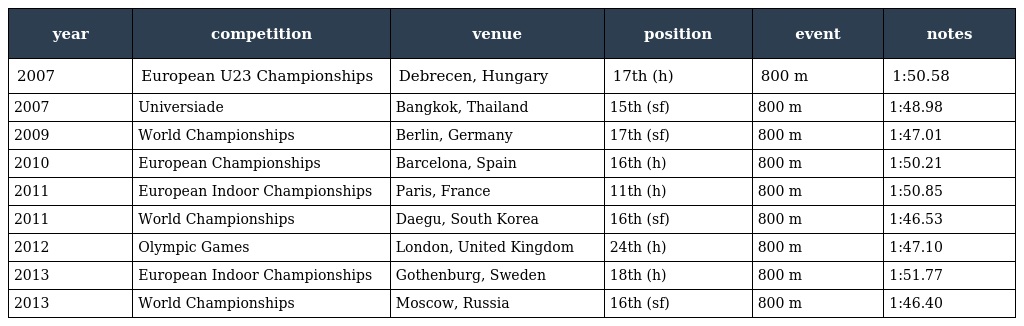
| year | competition | venue | position | event | notes |
 | --- | --- | --- | --- | --- | --- |
 | 2007 | European U23 Championships | Debrecen, Hungary | 17th (h) | 800 m | 1:50.58 |
 | 2007 | Universiade | Bangkok, Thailand | 15th (sf) | 800 m | 1:48.98 |
 | 2009 | World Championships | Berlin, Germany | 17th (sf) | 800 m | 1:47.01 |
 | 2010 | European Championships | Barcelona, Spain | 16th (h) | 800 m | 1:50.21 |
 | 2011 | European Indoor Championships | Paris, France | 11th (h) | 800 m | 1:50.85 |
 | 2011 | World Championships | Daegu, South Korea | 16th (sf) | 800 m | 1:46.53 |
 | 2012 | Olympic Games | London, United Kingdom | 24th (h) | 800 m | 1:47.10 |
 | 2013 | European Indoor Championships | Gothenburg, Sweden | 18th (h) | 800 m | 1:51.77 |
 | 2013 | World Championships | Moscow, Russia | 16th (sf) | 800 m | 1:46.40 |